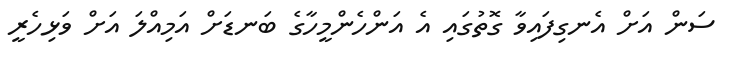
ސަން އަށް އެނގިފައިވާ ގޮތުގައި އެ އަންހެންމީހާގެ ބަނޑަށް އަމިއްލަ އަށް ވަޅިހެރީ